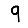
Digit: 9